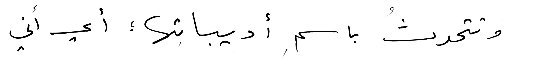
وتتحدثُ باسمِ أديباتِها ؛ أي أني